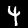
Digit: 4